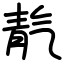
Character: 靔